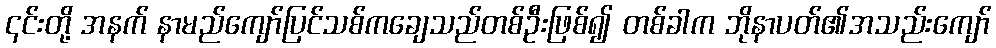
၎င်းတို့ အနက် နာမည်ကျော်ပြင်သစ်ကချေသည်တစ်ဦးဖြစ်၍ တစ်ခါက ဘိုနာပတ်၏အသည်းကျော်